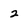
Character: 2